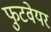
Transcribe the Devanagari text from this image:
फुटवेयर